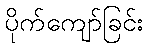
ပိုက်ကျော်ခြင်း